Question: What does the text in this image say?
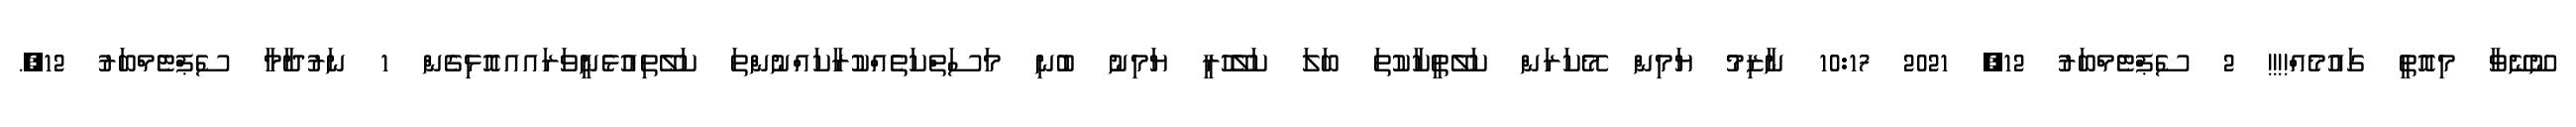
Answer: ނޫނޭވާ މިއޮތީ ގައުމެއް!!!! 2 ސެޕްޓެމްބަރު 12, 2021 10:17 ނާޒިމު ޔަމިން މޭކަރަން ކަލޭތީކާކުތަ ބަލަ ކަލެޭހުރީ ޔަމިނު ބުނި މަސަތްކަތެއްކުރާކައްނުންތަ ކަލޭތިއުޅެނީވަރައއއޮޅިގެން 1 ނަރުދާމާ ސެޕްޓެމްބަރު 12,.